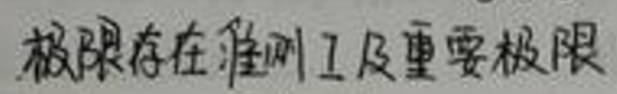
极限存在准则I及重要极限